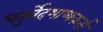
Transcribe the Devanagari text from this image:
चतुर्वेदभाष्यकर्ता